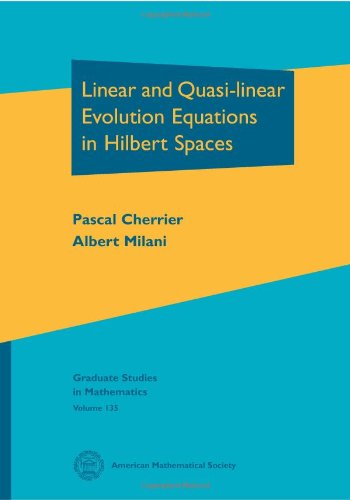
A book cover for Linear and Quasi Linear Evolution Equations in Hilbert Spaces: Exploring the Anatomy of Integers (Graduate Studies in Mathematics); Pascal Cherrier; Science & Math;